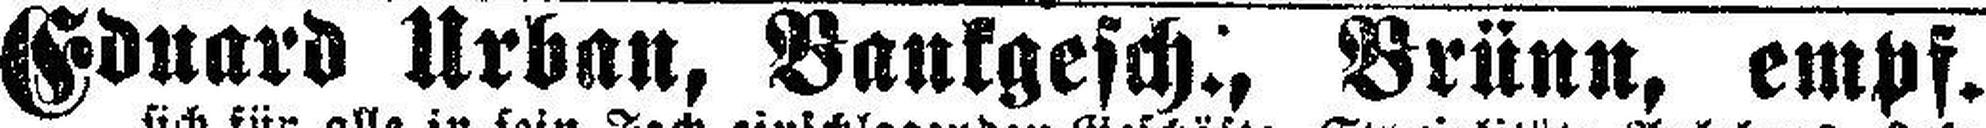
Eduard Urban, Bankgesch., Brünn, empf.